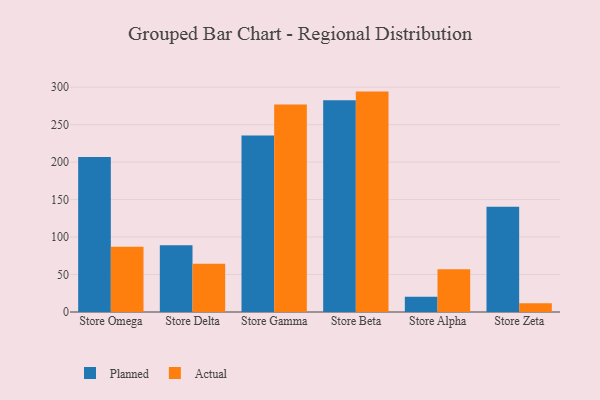
{"axis": {"x": "Store", "y": "Budget (USD K)"}, "legend": ["Actual", "Planned"], "data": [{"x": "Store Omega", "y": 206.9, "type": "Planned"}, {"x": "Store Omega", "y": 87.2, "type": "Actual"}, {"x": "Store Delta", "y": 89.2, "type": "Planned"}, {"x": "Store Delta", "y": 64.4, "type": "Actual"}, {"x": "Store Gamma", "y": 235.5, "type": "Planned"}, {"x": "Store Gamma", "y": 277.0, "type": "Actual"}, {"x": "Store Beta", "y": 282.4, "type": "Planned"}, {"x": "Store Beta", "y": 294.1, "type": "Actual"}, {"x": "Store Alpha", "y": 20.2, "type": "Planned"}, {"x": "Store Alpha", "y": 56.9, "type": "Actual"}, {"x": "Store Zeta", "y": 140.4, "type": "Planned"}, {"x": "Store Zeta", "y": 11.8, "type": "Actual"}]}